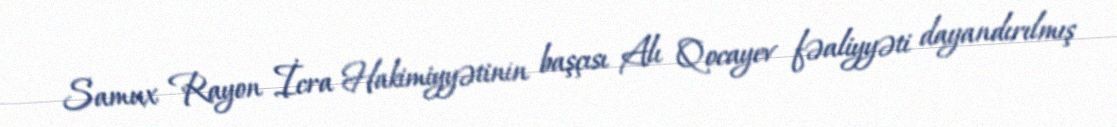
Samux Rayon İcra Hakimiyyətinin başçısı Alı Qocayev fəaliyyəti dayandırılmış